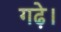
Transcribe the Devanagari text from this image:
गढ़े।